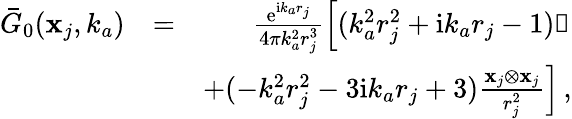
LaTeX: \begin{array}{rlr}{\bar{G}_{0}(\mathbf{x}_{j},k_{a})}&{=}&{\frac{\mathrm{e}^{\mathrm{i}k_{a}r_{j}}}{4\pi k_{a}^{2}r_{j}^{3}}\left[(k_{a}^{2}r_{j}^{2}+\mathrm{i}k_{a}r_{j}-1)\mathbb{1}\right.}\\ &{}&{\left.+(-k_{a}^{2}r_{j}^{2}-3\mathrm{i}k_{a}r_{j}+3)\frac{\mathbf{x}_{j}\otimes\mathbf{x}_{j}}{r_{j}^{2}}\right]\, ,}\end{array}